Scottish Leaving Certificate Examination, 1957
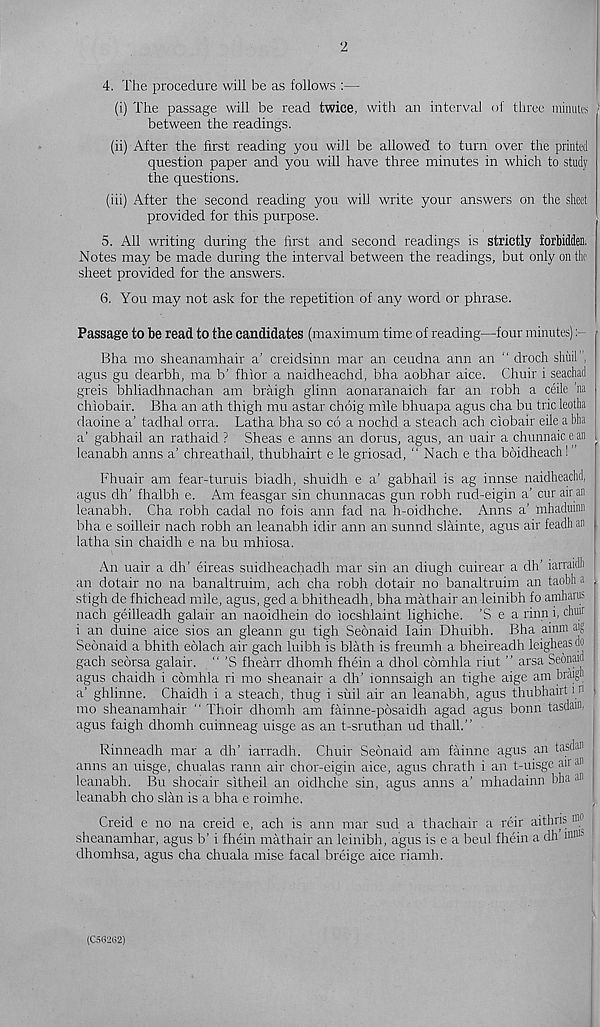
2
4. The procedure will be as follows :—
(i) The passage will be read twice, with an interval of three minute :
between the readings.
(ii) After the first reading you will be allowed to turn over the printed
question paper and you will have three minutes in which to study
the questions.
(iii) After the second reading you will write your answers on the sheet
provided for this purpose.
5. All writing during the first and second readings is strictly forbidden.
Notes may be made during the interval between the readings, but only on the
sheet provided for the answers.
(S. You may not ask for the repetition of any word or phrase.
Passage to be read to the candidates (maximum time of reading—four minutes):
Bha mo sheanamhair a’ creidsinn mar an ceudna ann an " droch shtiil ,
agus gu dearbh, ma b’ fhior a naidheachd, bha aobhar aice. Chuir i seachad
greis bhliadhnachan am braigh glinn aonaranaich far an robh a ceilc ha
chiobair. Bha an ath thigh mu astar choig mile bhuapa agus cha bu trie leotha
daoine a’ tadhal orra. Latha bha so co a nochd a steach ach ciobair eile a bha
a’ gabhail an rathaid ? Sheas e anns an dorus, agus, an uair a chunnaic e an ,
leanabh anns a’ chreathail, thubhairt e le griosad, “ Nach e tha boidheach ! ’
Fhuair am fear-turuis biadh, shuidh e a’ gabhail is ag innse naidheachd,
agus dh’ fhalbh e. Am feasgar sin chunnacas gun robh rud-eigin a’ cur air an
leanabh. Cha robh cadal no fois ann fad na h-oidhehe. Anns a’ mhaduinn
bha e soilleir nach robh an leanabh idir ann an sunnd slainte, agus air feadh an
latha sin chaidh e na bu mhiosa.
An uair a dh’ eireas suidheachadh mar sin an diugh cuirear a dh’ iarraidh J
an dotair no na banaltruim, ach cha robh dotair no banaltruim an taobha ,
stigh de fhichead mile, agus, ged a bhitheadh, bha mathair an leinibh fo amharus
nach geilleadh galair an naoidhein do iocshlaint lighiche. ’Sea rinn i, chur
i an duine aice sios an gleann gu tigh Seonaid Iain Dhuibh. Bha ainm aig
Seonaid a bhith eolach air gach luibh is blath is freumh a bheireadh leigheasdo
gach seorsa galair. “ ’S fhearr dhomh fhein a dhol comhla riut ” arsa Seonaid
agus chaidh i comhla ri mo sheanair a dh’ ronnsaigh an tighe aige am braigh
a’ ghlinne. Chaidh i a steach, thug i siiil air an leanabh, agus thubhairt i n ,
mo sheanamhair “ Thoir dhomh am fainne-posaidh agad agus bonn tasdain.
agus faigh dhomh cuinneag uisge as an t-sruthan ud thall.”
Rinneadh mar a dh’ iarradh. Chuir Seonaid am fainne agus an tasdnn
anns an uisge, chualas rann air chor-eigin aice, agus chrath i an t-uisge an •>“
leanabh. Bu shocair sitheil an oidhche sin, agus anns a’ mhadainn bha 311
leanabh cho slan is a bha e roimhe.
Creid e no na creid e, ach is ann mar sue! a thachair a reir aithris n' 1
sheanamhar, agus b' i fhein mathair an leinibh, agus is e a beul fhein a dh n' Ills
dhomhsa, agus cha chuala mise facal breige aice riamh.
(C50262)